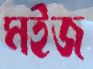
মইজ